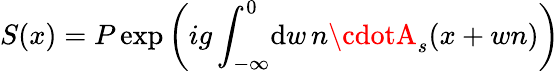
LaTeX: S(x)=P\exp\left(ig\int_{-\infty}^{0}\! \mathrm{d}w\, n\cdotA_{s}(x+wn)\right)